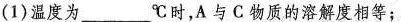
(1)温度为___℃时，A与C物质的溶解度相等；